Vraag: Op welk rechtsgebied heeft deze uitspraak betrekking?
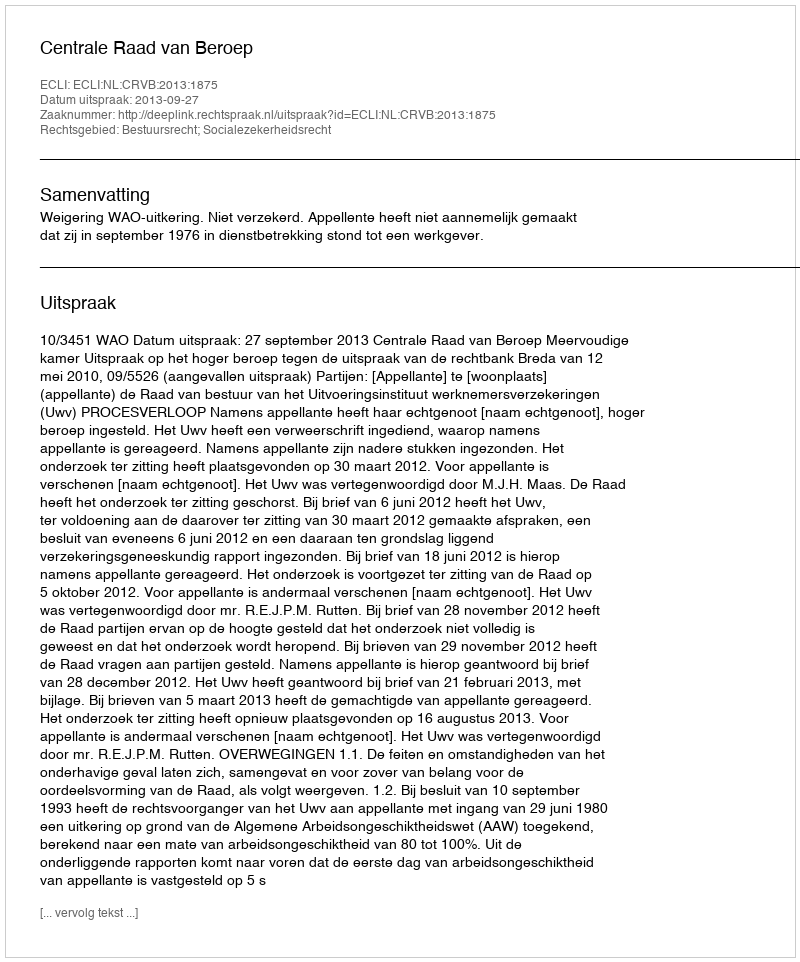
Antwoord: Bestuursrecht; Socialezekerheidsrecht